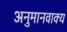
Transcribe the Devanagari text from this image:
अनुमानवाक्य